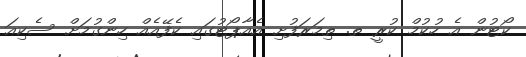
ކޯޓުން އެ ހުކުމް ކުރީ ތ. ތިމަރަފުށި އެއާޕޯޓުގައި ކެފޭއެއް ހިންގުމަށް ސެކިއަ